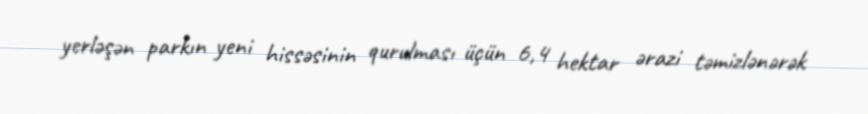
yerləşən parkın yeni hissəsinin qurulması üçün 6,4 hektar ərazi təmizlənərək